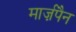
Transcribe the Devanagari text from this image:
मार्ज़पैन